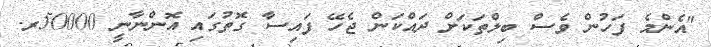
"އެންމެ ފަހުން ވެސް ބިލްތަކަށް ދައްކަން ޖެހޭ ފައިސާ ގޮތުގައި އޮންނާނީ 50000ރ.